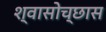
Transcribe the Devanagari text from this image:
श्वासोच्छास